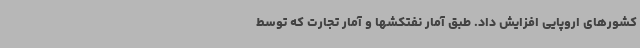
کشورهای اروپایی افزایش داد. طبق آمار نفتکشها و آمار تجارت که توسط